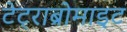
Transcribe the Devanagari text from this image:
टेट्राब्रोमाइट